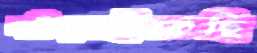
দাঁড়াইতেছি